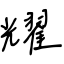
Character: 耀